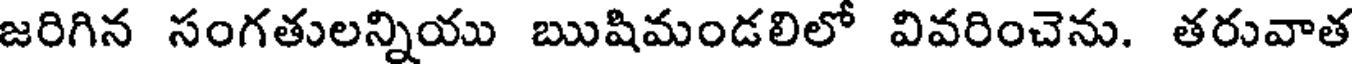
జరిగిన సంగతులన్నియు ఋషిమండలిలో వివరించెను. తరువాత